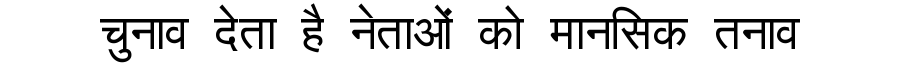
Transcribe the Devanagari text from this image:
चुनाव देता है नेताओं को मानसिक तनाव